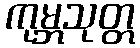
ကုမ္ဘသုတ္တ